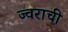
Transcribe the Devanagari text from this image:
ज्वराची